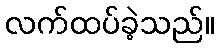
လက်ထပ်ခဲ့သည်။